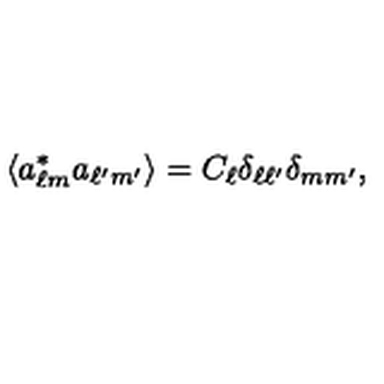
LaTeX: \langle a _ { \ell m } ^ { * } a _ { \ell ^ { \prime } m ^ { \prime } } \rangle = C _ { \ell } \delta _ { \ell \ell ^ { \prime } } \delta _ { m m ^ { \prime } } ,